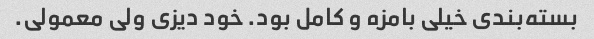
بسته‌بندی خیلی بامزه و کامل بود. خود دیزی ولی معمولی.